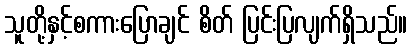
သူတို့နှင့်စကားပြောချင် စိတ် ပြင်းပြလျက်ရှိသည်။